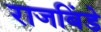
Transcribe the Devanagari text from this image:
राजबिंडे